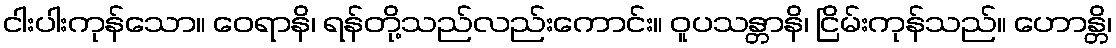
ငါးပါးကုန်သော။ ဝေရာနိ၊ ရန်တို့သည်လည်းကောင်း။ ဝူပသန္တာနိ၊ ငြိမ်းကုန်သည်။ ဟောန္တိ၊